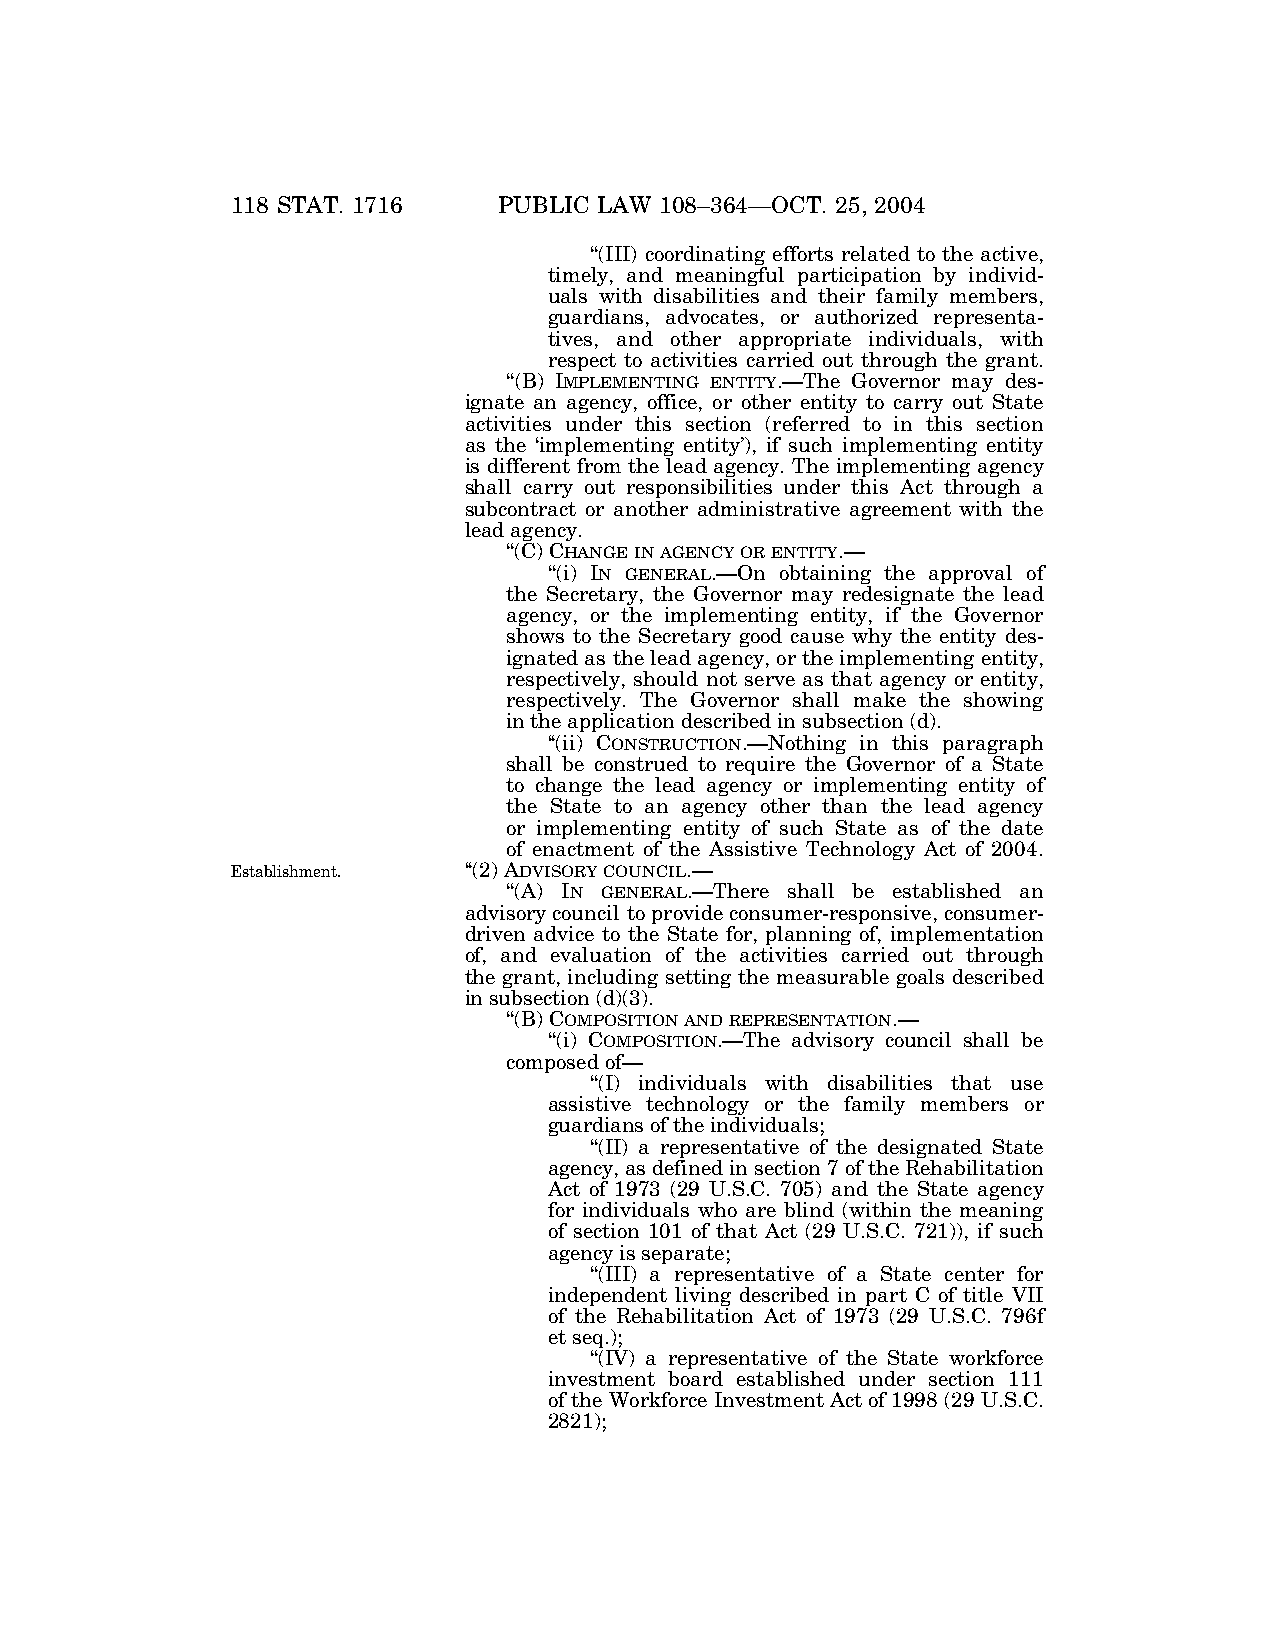
118 STAT. 1716    PUBLIC LAW 108–364—OCT. 25, 2004
 ‘‘(III) coordinating efforts related to the active,
 timely, and meaningful participation by individ-
 uals with disabilities and their family members,
 guardians, advocates, or authorized representa-
 tives, and other appropriate individuals, with
 respect to activities carried out through the grant.
 ‘‘(B) IMPLEMENTING ENTITY.—The Governor may des-
 ignate an agency, office, or other entity to carry out State
 activities under this section (referred to in this section
 as the ‘implementing entity’), if such implementing entity
 is different from the lead agency. The implementing agency
 shall carry out responsibilities under this Act through a
 subcontract or another administrative agreement with the
 lead agency.
 ‘‘(C) CHANGEINAGENCYORENTITY.—
 ‘‘(i) IN GENERAL.—On obtaining the approval of
 the Secretary, the Governor may redesignate the lead
 agency, or the implementing entity, if the Governor
 shows to the Secretary good cause why the entity des-
 ignated as the lead agency, or the implementing entity,
 respectively, should not serve as that agency or entity,
 respectively. The Governor shall make the showing
 in the application described in subsection (d).
 ‘‘(ii) CONSTRUCTION.—Nothing in this paragraph
 shall be construed to require the Governor of a State
 to change the lead agency or implementing entity of
 the State to an agency other than the lead agency
 or implementing entity of such State as of the date
 of enactment of the Assistive Technology Act of 2004.
 Establishment.  ‘‘(2) ADVISORYCOUNCIL.—
 ‘‘(A) IN GENERAL.—There shall be established an
 advisory council to provide consumer-responsive, consumer-
 driven advice to the State for, planning of, implementation
 of, and evaluation of the activities carried out through
 the grant, including setting the measurable goals described
 in subsection (d)(3).
 ‘‘(B) COMPOSITIONANDREPRESENTATION.—
 ‘‘(i) COMPOSITION.—The advisory council shall be
 composed of—
 ‘‘(I) individuals with disabilities that use
 assistive technology or the family members or
 guardians of the individuals;
 ‘‘(II) a representative of the designated State
 agency, as defined in section 7 of the Rehabilitation
 Act of 1973 (29 U.S.C. 705) and the State agency
 for individuals who are blind (within the meaning
 of section 101 of that Act (29 U.S.C. 721)), if such
 agency is separate;
 ‘‘(III) a representative of a State center for
 independent living described in part C of title VII
 of the Rehabilitation Act of 1973 (29 U.S.C. 796f
 et seq.);
 ‘‘(IV) a representative of the State workforce
 investment board established under section 111
 of the Workforce Investment Act of 1998 (29 U.S.C.
 2821);
 VerDate 11-MAY-2000 06:49 Nov 06, 2004 Jkt 039139 PO 00364 Frm 00010 Fmt 6580 Sfmt 6581 E:\PUBLAW\PUBL364.108 BILLW PsN: PUBL364